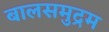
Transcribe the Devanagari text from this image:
बालसमुद्रम